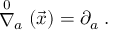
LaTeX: \stackrel { 0 } { \nabla } _ { a } ( \vec { x } ) = \partial _ { a } \; .